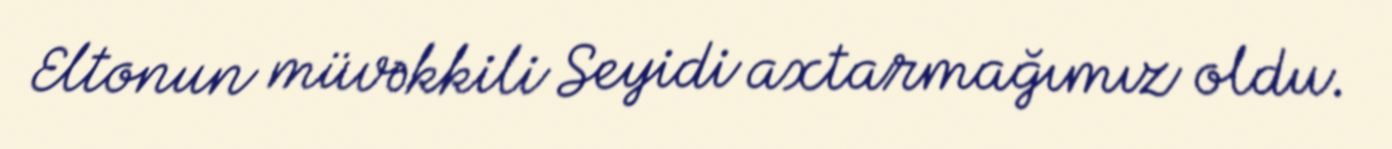
Eltonun müvəkkili Seyidi axtarmağımız oldu.